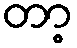
တာ့